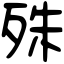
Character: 殊